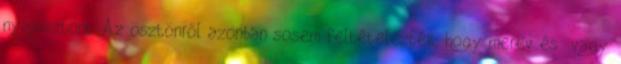
nyájösztönt. Az ösztönről azonban sosem feltételezték, hogy merev és vagy